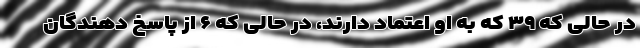
در حالی که ۳۹ که به او اعتماد دارند، در حالی که ۶ از پاسخ دهندگان